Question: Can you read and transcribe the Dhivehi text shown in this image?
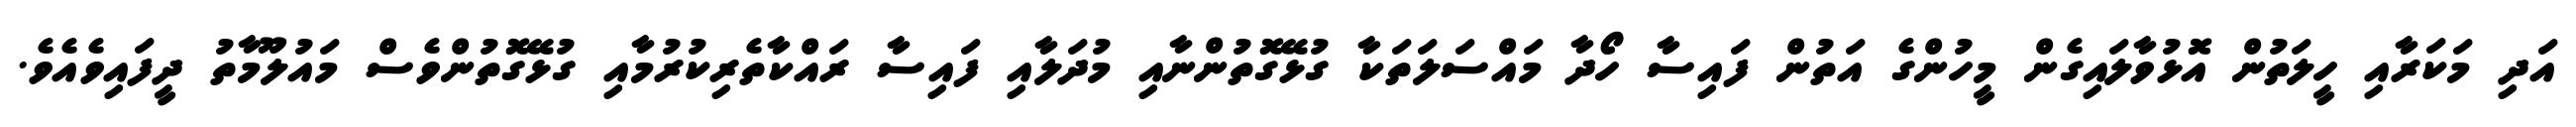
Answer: އަދި މަކަރާއި ހީލަތުން އޮޅުވާލައިގެން މީހުންގެ އަތުން ފައިސާ ހޯދާ މައްސަލަތަކާ ގުޅޭގޮތުންނާއި މުދަލާއި ފައިސާ ރައްކާތެރިކުރުމާއި ގުޅޭގޮތުންވެސް މައުލޫމާތު ދީފައިވެއެވެ.